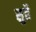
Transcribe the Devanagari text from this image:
सुहै